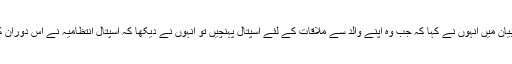
سماجی رابطے کی ویب سائٹ ٹوئٹر پر جاری اپنے بیان میں انہوں نے کہا کہ جب وہ اپنے والد سے ملاقات کے لئے اسپتال پہنچیں تو انہوں نے دیکھا کہ اسپتال انتظامیہ نے اس دوران کسی مریض کو نہ اندر آنے دیا اور نہ باہر جانے دیا۔